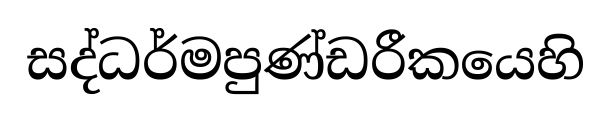
සද්ධර්මපුණ්ඩරීකයෙහි